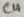
Text: C4